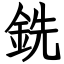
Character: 銑